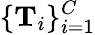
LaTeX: \{ \mathbf{T}_{i}\} _{i=1}^{C}